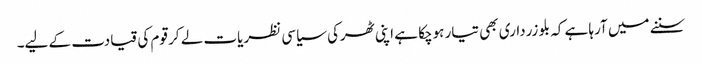
سننے میں آرہا ہے کہ بلو زرداری بھی تیار ہوچکا ہے اپنی ٹھرکی سیاسی نظریات لے کر قوم کی قیادت کے لیے۔